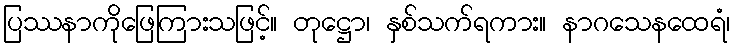
ပြဿနာကိုဖြေကြားသဖြင့်။ တုဋ္ဌော၊ နှစ်သက်ရကား။ နာဂသေနထေရံ၊